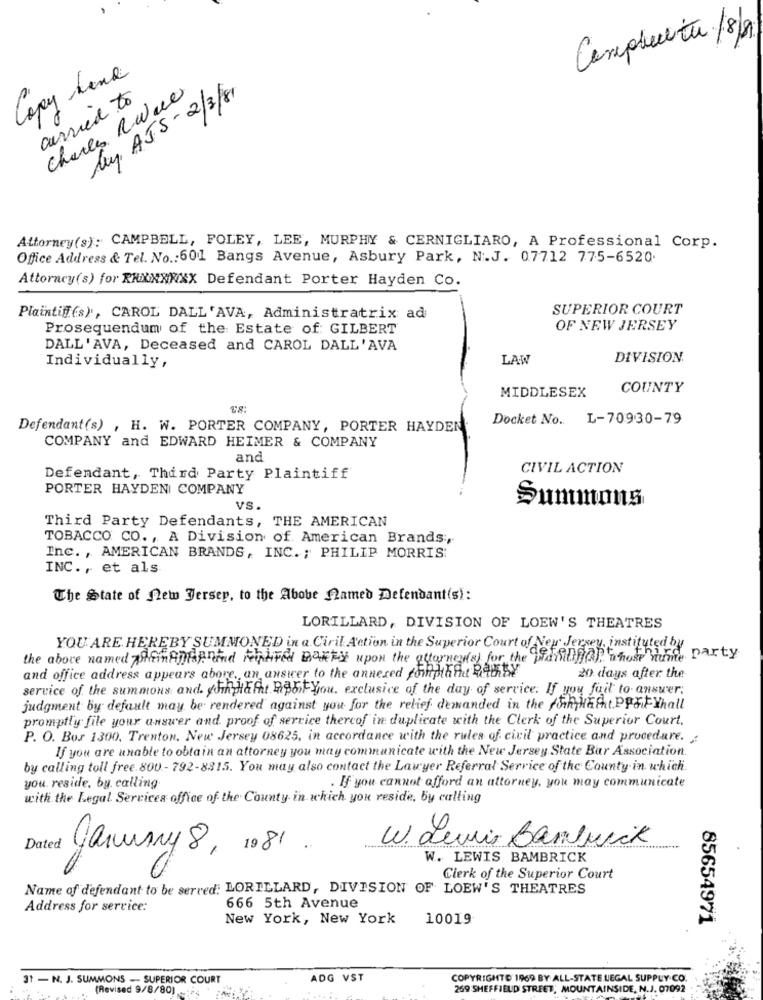
Completa /8/19
Copy Line
carried to
Charles Rwue
by AJS - 2/3/81
Attorney(s): CAMPBELL, FOLEY, LEE, MURPHY & CERNIGLIARO, A Professional Corp.
Office Address & Tel. No .: 601 Bangs Avenue, Asbury Park, N.J. 07712 775-6520
Attoracy(s) for RAXXXXXX Defendant Porter Hayden Co.
SUPERIOR COURT
Plaintif(s), CAROL DALL'AVA, Administratrix ad
Prosequendum of the Estate of GILBERT
OF NEW JERSEY
DALL'AVA, Deceased and CAROL DALL'AVA
LAW
DIVISION
Individually,
MIDDLESEX
COUNTY
Docket No. L-70930-79
Defendant(s) , H. W. PORTER COMPANY, PORTER HAYDEN.
COMPANY and EDWARD HEIMER & COMPANY
and
CIVIL ACTION
Defendant, Third Party Plaintiff
PORTER HAYDEN COMPANY
VS.
Summons
Third Party Defendants, THE AMERICAN
TOBACCO CO ., A Division of American Brands :,
Inc. , AMERICAN BRANDS, INC. ; PHILIP MORRIS:
INC ., et als
The State of new Jersey, to the Above Named Defendant(s):
LORILLARD, DIVISION OF LOEW'S THEATRES
YOU ARE HEREBY SUMMONED in a Civil Action in the Superior Court of New Jersey instinne party
the above named pleinAUist und regtired Barris upon the attorney(s) for the planiliff(.). whose nume I
and office address appears abore, an answer to the annexed foiftpth that RainBy
20 days after the
service of the summons and. yFihplacht HiBbFYou. exclusice of the day of service. If you fail to answer;
judgment by default may be rendered against you for the relief demanded in the fork Hacht.PPFiFYhall
promptly file your answer and proof of service thercof in duplicate with the Clerk of the Superior Court.
P. O. Box 1300, Trenton, New Jersey 08625, in accordance with the rules of civil practice and procedure.
If you are unable to obtain an attorney you may communicate with the New Jersey State Bar Association.
by calling toll free 800- 792-8315. You may also contact the Lawyer Referral Serrice of the County in which.
you. reside, by calling.
. If you cannot afford an attorney, you may communicate
with the Legal Services office of the County in which you reside, by calling
W. Lewis Banbrick
Dated January 8, 1081 .
W. LEWIS BAMBRICK
Clerk of the Superior Court
Name of defendant to be serred: LORILLARD, DIVISION OF LOEW'S THEATRES
Address for service:
666 5th Avenue
New York, New York
10019
85654971
31 - N. J. SUMMONS - SUPERIOR COURT
ADG VST
COPYRIGHTO 1969 BY ALL-STATE LEGAL SUPPLY CO.
(Revised 9/8/90)
269 SHEFFIELD STREET, MOUNTAINSIDE, N.J. 07092